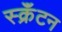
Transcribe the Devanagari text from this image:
स्क्रॅंटन